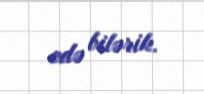
edə bilərik.